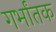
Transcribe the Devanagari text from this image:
गर्भांतक